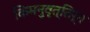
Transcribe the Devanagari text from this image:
किमनुवृत्तिर्न